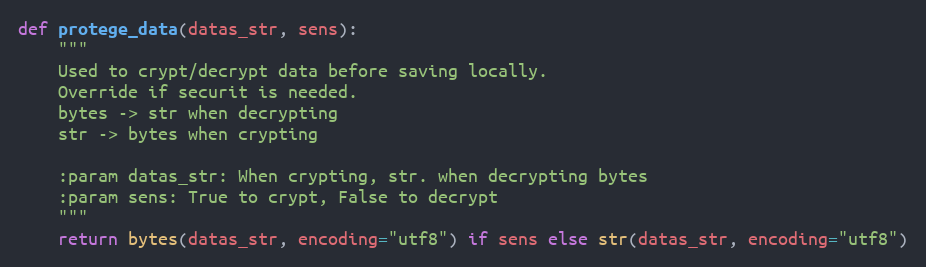
Language: Python
def protege_data(datas_str, sens):
    """
    Used to crypt/decrypt data before saving locally.
    Override if securit is needed.
    bytes -> str when decrypting
    str -> bytes when crypting

    :param datas_str: When crypting, str. when decrypting bytes
    :param sens: True to crypt, False to decrypt
    """
    return bytes(datas_str, encoding="utf8") if sens else str(datas_str, encoding="utf8")